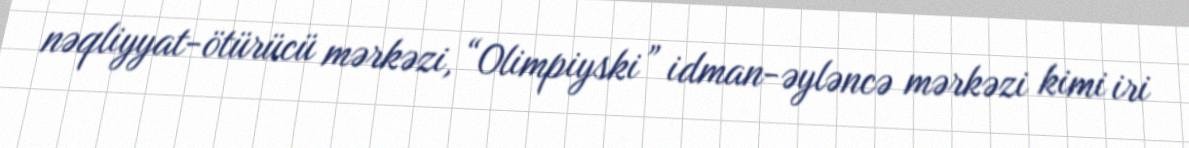
nəqliyyat-ötürücü mərkəzi, “Olimpiyski” idman-əyləncə mərkəzi kimi iri